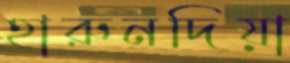
হারুনদিয়া